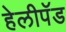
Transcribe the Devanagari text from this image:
हेलीपॅड